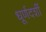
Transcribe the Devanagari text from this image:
धूर्णदर्शी